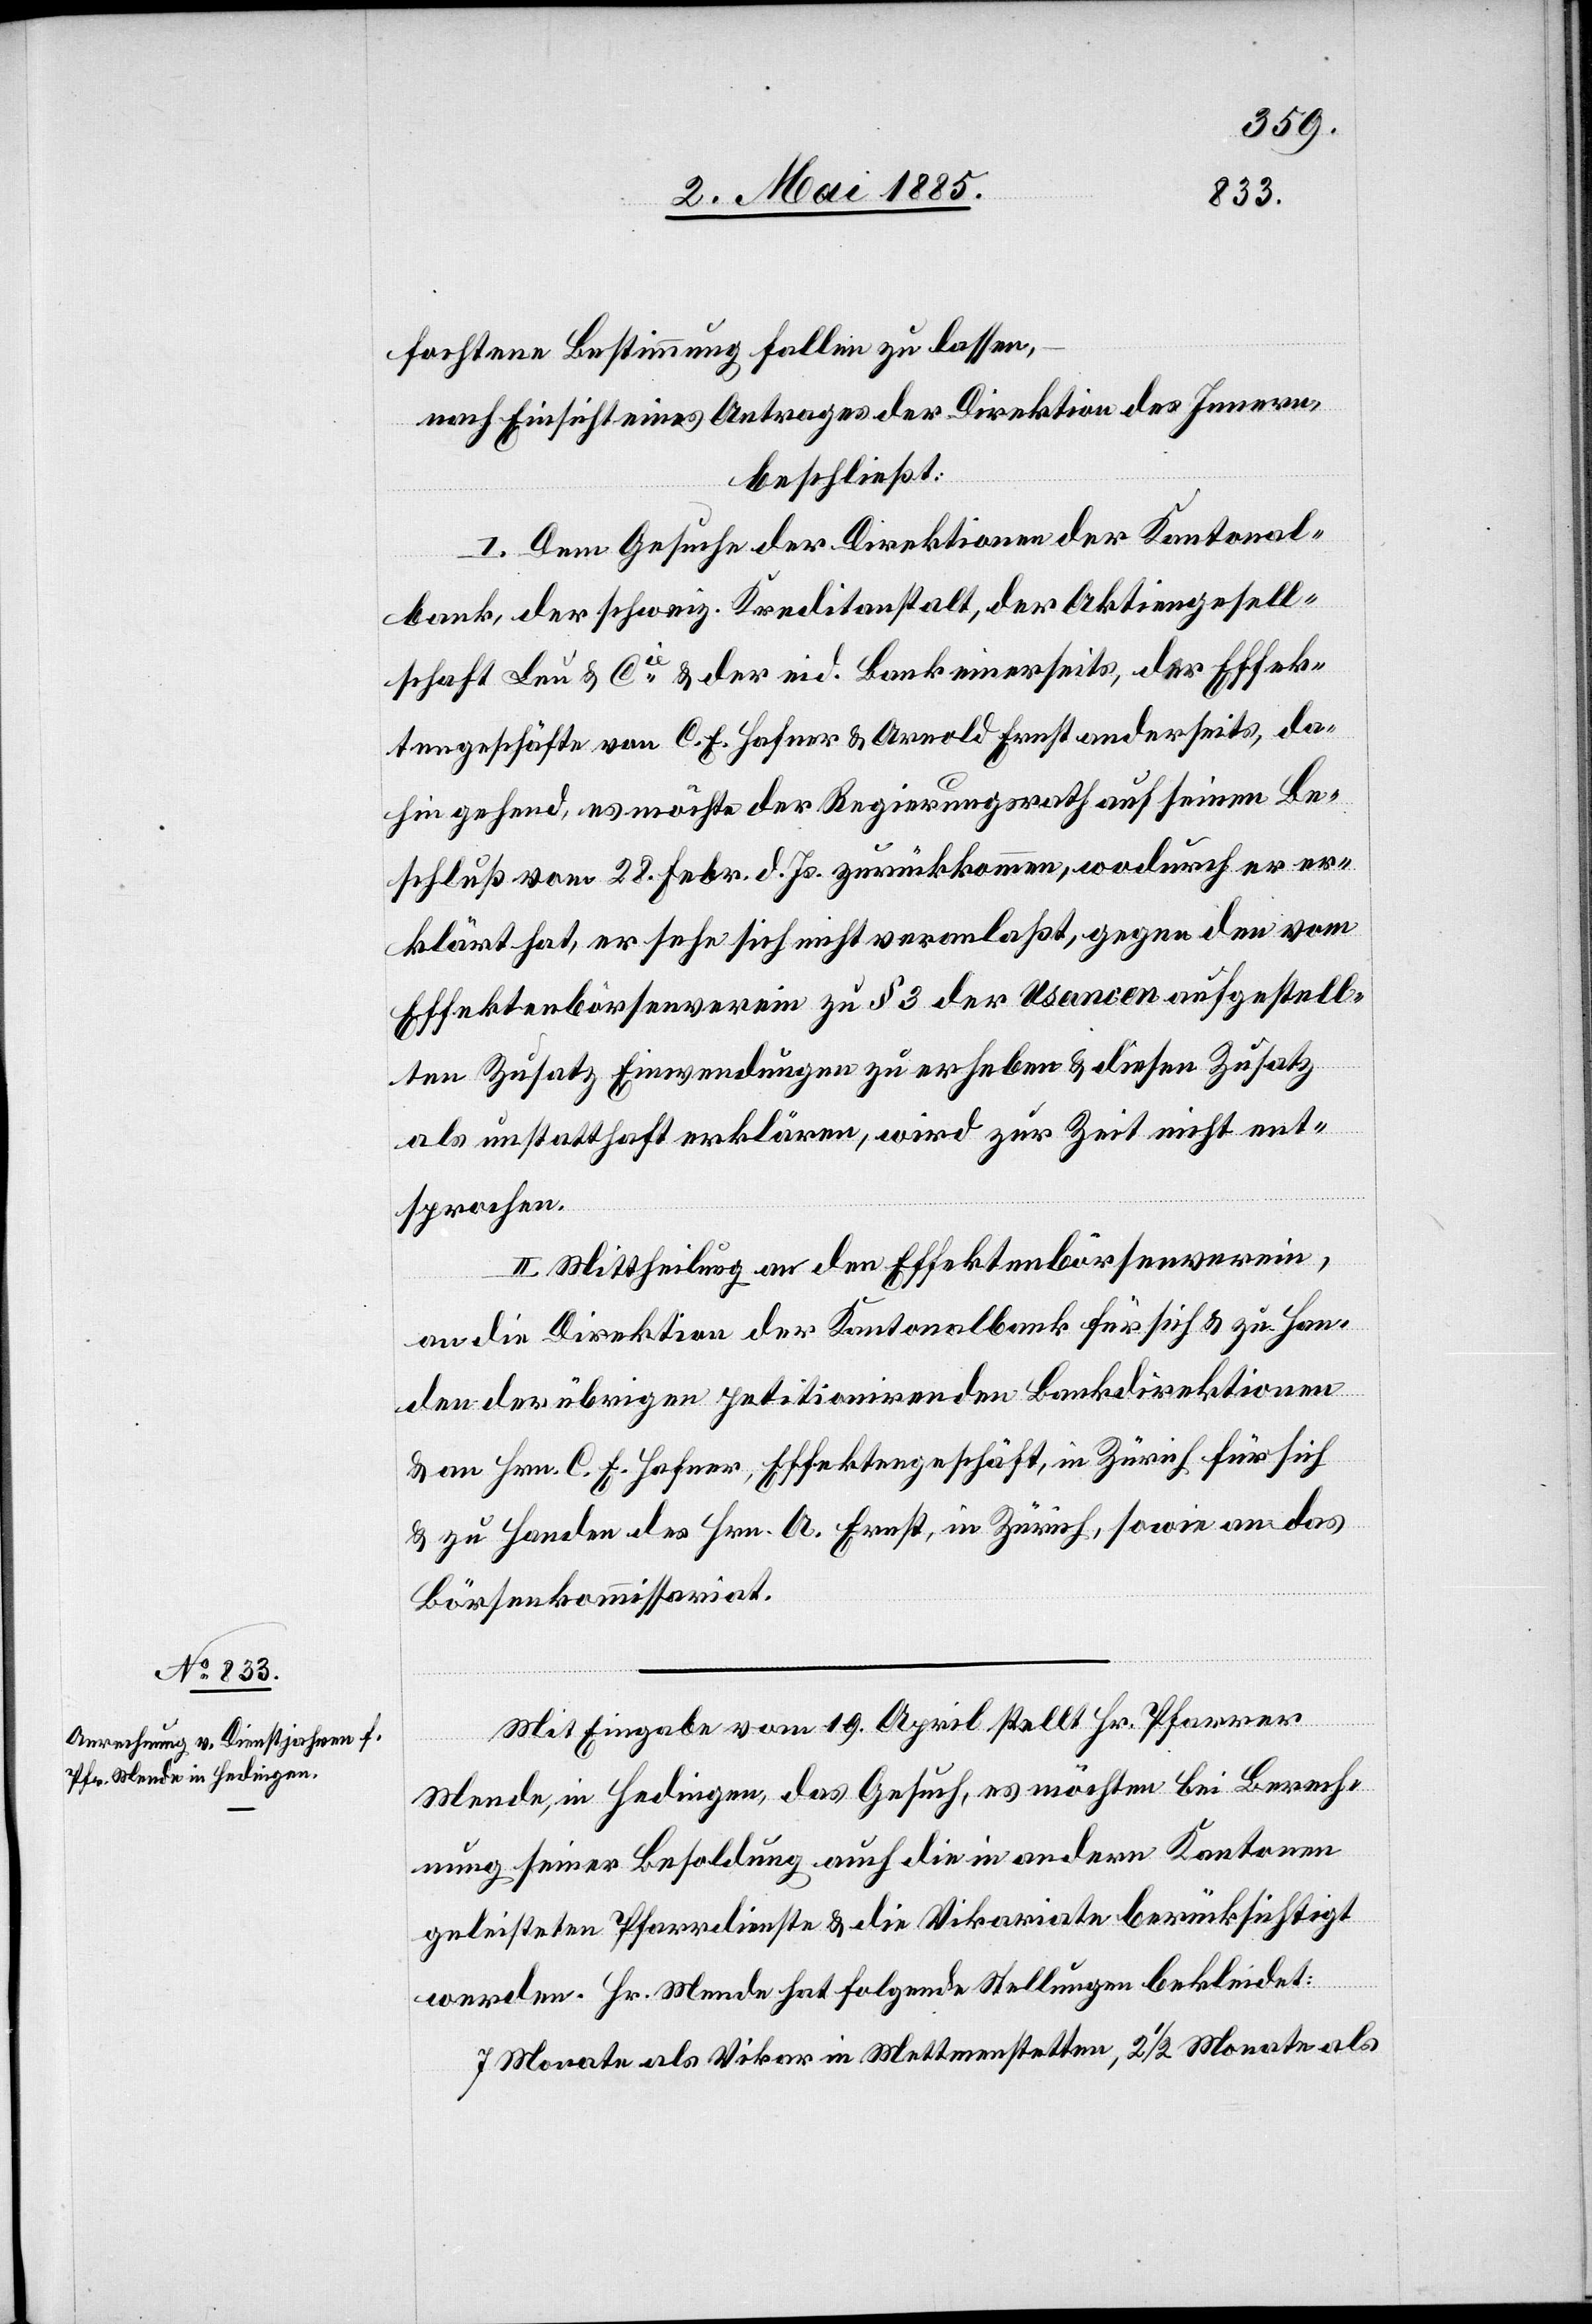
fochtene Bestimmung fallen zu lassen,
nach Einsicht eines Antrages der Direktion des Innern,
beschließt:
I. Dem Gesuche der Direktionen der Kantonal¬
bank, der schweiz. Kreditanstalt, der Aktiengesell¬
schaft Leu & Cie & der eid. Bank einerseits, der Effek¬
tengeschäfte von C. E. Hafner & Arnold Ernst anderseits, da¬
hin gehend, es möchte der Regierungsrath auf seinen Be¬
schluß vom 28. Febr. d. Js. zurückkommen, wodurch er er¬
klärt hat, er sehe sich nicht veranlaßt, gegen den vom
Effektenbörsenverein zu § 3 der Usancen aufgestell¬
ten Zusatz Einwendungen zu erheben & diesen Zusatz
als unstatthaft erklären, wird zur Zeit nicht ent¬
sprochen.
II. Mittheilung an den Effektenbörsenverein,
an die Direktion der Kantonalbank für sich & zu Han¬
den der übrigen petitionirenden Bankdirektionen
& an Hrn. C. E. Hafner, Effektengeschäft, in Zürich für sich
& zu Handen des Hrn. A. Ernst, in Zürich, sowie an das
Börsenkommissariat.
Mit Eingabe vom 19. April stellt Hr. Pfarrer
Mende, in Hedingen, das Gesuch, es möchten bei Berech¬
nung seiner Besoldung auch die in andern Kantonen
geleisteten Pfarrdienste & die Vikariate berücksichtigt
werden. Hr. Mende hat folgende Stellungen bekleidet:
7 Monate als Vikar in Mettmenstetten, 2 1/2 Monate als